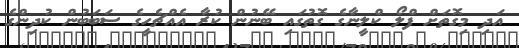
އަދި މިގޮތަށް ފްލޯ ކްލީނާގެ ގޮތުގައި ބޭނުން ކުރާ އެއްޗެހީގެ ސަބަބުން ކުދިންގެ